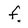
Character: f